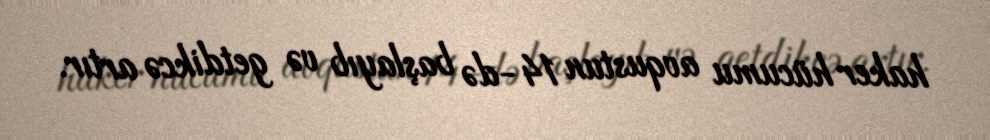
haker hücumu avqustun 14-də başlayıb və getdikcə artır.